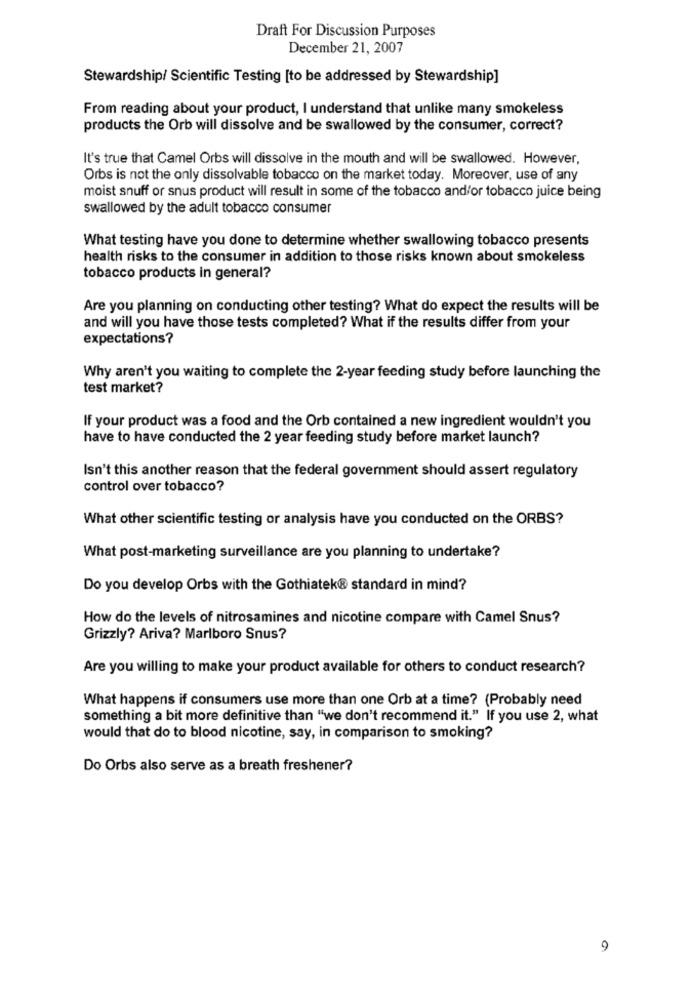
Draft For Discussion Purposes
December 21, 2007
Stewardship/ Scientific Testing [to be addressed by Stewardship]
From reading about your product, I understand that unlike many smokeless
products the Orb will dissolve and be swallowed by the consumer, correct?
It's true that Camel Orbs will dissolve in the mouth and will be swallowed. However,
Orbs is not the only dissolvable tobacco on the market today. Moreover, use of any
moist snuff or snus product will result in some of the tobacco and/or tobacco juice being
swallowed by the adult tobacco consumer
What testing have you done to determine whether swallowing tobacco presents
health risks to the consumer in addition to those risks known about smokeless
tobacco products in general?
Are you planning on conducting other testing? What do expect the results will be
and will you have those tests completed? What if the results differ from your
expectations?
Why aren't you waiting to complete the 2-year feeding study before launching the
test market?
If your product was a food and the Orb contained a new ingredient wouldn't you
have to have conducted the 2 year feeding study before market launch?
Isn't this another reason that the federal government should assert regulatory
control over tobacco?
What other scientific testing or analysis have you conducted on the ORBS?
What post-marketing surveillance are you planning to undertake?
Do you develop Orbs with the Gothiatek® standard in mind?
How do the levels of nitrosamines and nicotine compare with Camel Snus?
Grizzly? Ariva? Marlboro Snus?
Are you willing to make your product available for others to conduct research?
What happens if consumers use more than one Orb at a time? (Probably need
something a bit more definitive than "we don't recommend it." If you use 2, what
would that do to blood nicotine, say, in comparison to smoking?
Do Orbs also serve as a breath freshener?
9